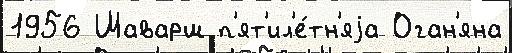
1956 Шаварш п'ят'ил'е́тн'яjа Оган'яна